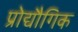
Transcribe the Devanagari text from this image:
प्रोद्यौगिक